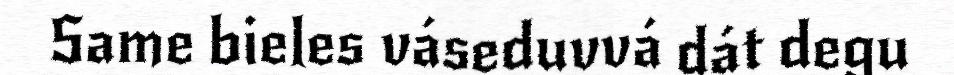
Same bieles váseduvvá dát degu